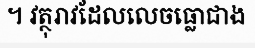
។ វត្ថុរាវដែលលេចធ្លោជាង